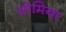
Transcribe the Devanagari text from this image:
सोमिया